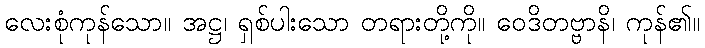
လေးစုံကုန်သော။ အဋ္ဌ၊ ရှစ်ပါးသော တရားတို့ကို။ ဝေဒိတဗ္ဗာနိ၊ ကုန်၏။